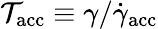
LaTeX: \mathcal{T}_{\mathrm{{acc}}}\equiv\gamma/\dot{{\gamma}}_{\mathrm{{acc}}}